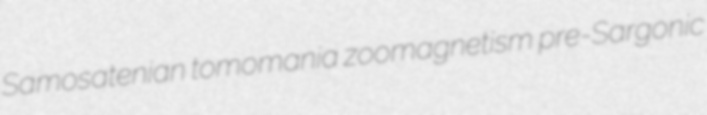
Samosatenian tomomania zoomagnetism pre-Sargonic